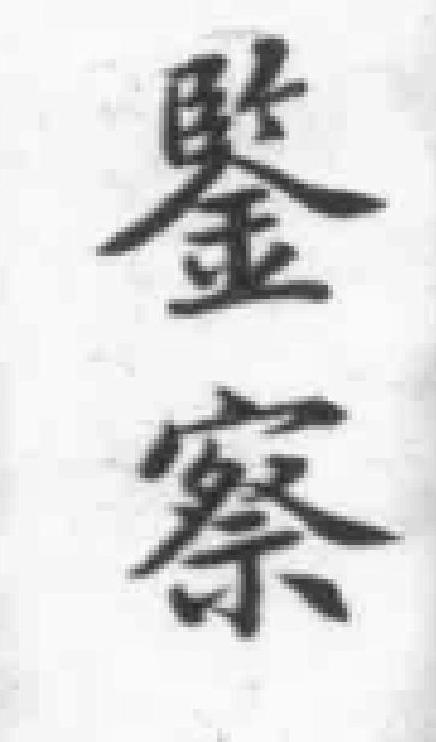
鉴察